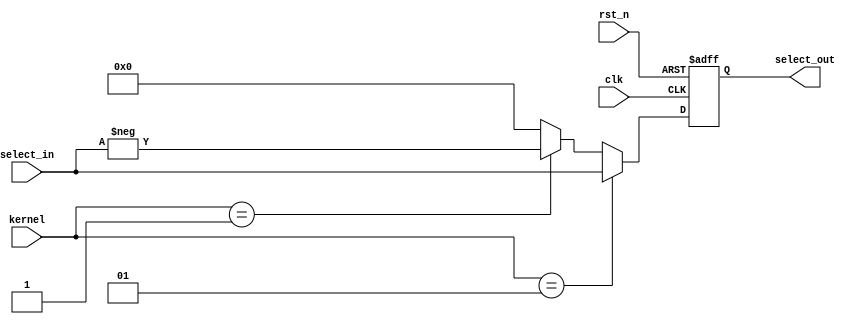
module select_unit#(
    parameter FEATURE_WIDTH = 32, 
    parameter KERNEL_WIDTH = 2
)(
    input wire                                      clk,
    input wire                                      rst_n,
    input wire  signed [FEATURE_WIDTH-1:0]          select_in,
    input wire  signed [KERNEL_WIDTH - 1 : 0]       kernel,
    output reg  signed [FEATURE_WIDTH-1:0]          select_out
    );

always @(posedge clk or negedge rst_n)
    begin
        if(!rst_n)
            select_out <= 0;
        else
            begin
            if(kernel == 1)
                select_out <= select_in;
            else if(kernel == -1)
                select_out <= -select_in;
            else 
                select_out <= 0;
            end
    end
endmodule